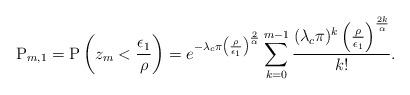
LaTeX: \begin{align*} \mathrm{P}_{m,1} &=\mathrm{P}\left( z_m<\frac{\epsilon_1}{\rho } \right) =e^{-\lambda_c\pi \left(\frac{\rho}{\epsilon_1}\right)^{\frac{2}{\alpha}}}\sum^{m-1}_{k=0} \frac{(\lambda_c\pi)^{k} \left(\frac{\rho}{\epsilon_1}\right)^{\frac{2k}{\alpha}}}{k! }. \end{align*}